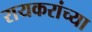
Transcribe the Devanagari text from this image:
रायकरांच्या